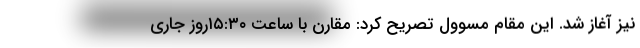
نیز آغاز شد. این مقام مسوول تصریح کرد: مقارن با ساعت ۱۵:۳۰روز جاری